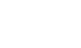
ပြီးစီးပြီး